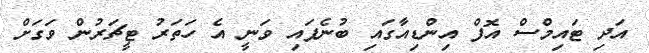
އަދި ޓައިމްސް އޮފް އިންޑިއާގައި ބުނެފައި ވަނީ އެ ހަތަރު ޓީޗަރުން ވަގަށް